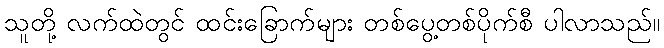
သူတို့ လက်ထဲတွင် ထင်းခြောက်များ တစ်ပွေ့တစ်ပိုက်စီ ပါလာသည်။